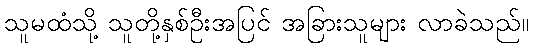
သူမထံသို့ သူတို့နှစ်ဦးအပြင် အခြားသူများ လာခဲသည်။